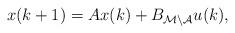
LaTeX: \begin{align*}x(k+1)=Ax(k)+B_{\mathcal M\backslash \mathcal A}u(k),\end{align*}